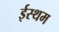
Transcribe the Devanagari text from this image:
ईस्थम